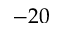
- 2 0